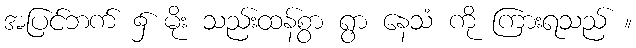
အပြင်ဘက် ၌ မိုး သည်းထန်စွာ ရွာ နေသံ ကို ကြားရသည် ။